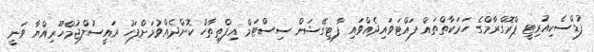
ފުޑްސެކިއުރިޓީ ޕްރޮގްރާމްގެ ހަރަކާތްތައް ފައްޓަވައިދެއްވައި ފާޓިގޭޝަން ސިސްޓަމް އިފްތިތާހް ކޮށްދެއްވުމަށްފަހު ރައީސުލްޖުމްހޫރިއްޔާ ވަނީ